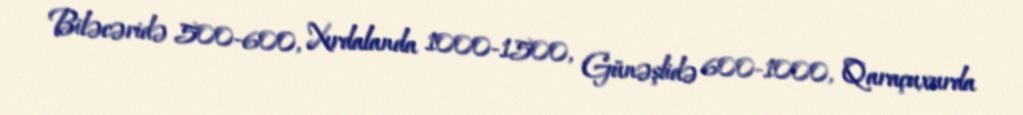
Biləcəridə 500-600, Xırdalanda 1000-1500, Günəşlidə 600-1000, Qaraçuxurda